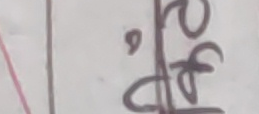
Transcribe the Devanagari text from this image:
२६ ०८